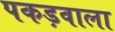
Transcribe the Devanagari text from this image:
पकड़वाला